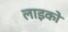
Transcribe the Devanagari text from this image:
लाइको